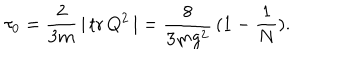
LaTeX: \tau _ { 0 } = \frac { 2 } { 3 m } \, \vert \, \mathrm { t r } \, Q ^ { 2 } \, \vert = \frac { 8 } { 3 m g ^ { 2 } } \, ( 1 - \frac { 1 } { N } ) .